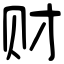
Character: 财